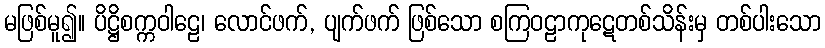
မဖြစ်မူ၍။ ပိဋ္ဌိစက္ကဝါဠေ၊ လောင်ဖက်, ပျက်ဖက် ဖြစ်သော စကြဝဠာကုဋေတစ်သိန်းမှ တစ်ပါးသော